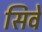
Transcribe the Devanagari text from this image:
सिवे